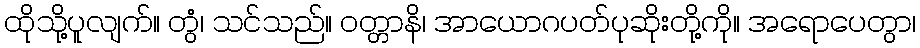
ထိုသို့ပူလျက်။ တွံ၊ သင်သည်။ ဝတ္တာနိ၊ အာယောဂပတ်ပုဆိုးတို့ကို။ အရောပေတွာ၊